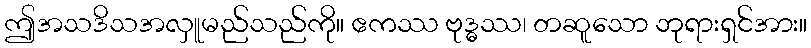
ဤအသဒိသအလှူမည်သည်ကို။ ဧကဿ ဗုဒ္ဓဿ၊ တဆူသော ဘုရားရှင်အား။